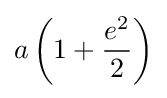
a\left(1+{\frac {e^{2}}{2}}\right)